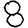
Digit: 8